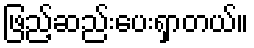
ဖြည့်ဆည်းပေးရှာတယ်။